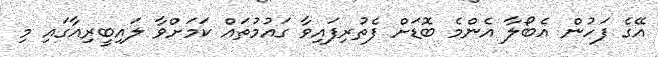
އޭގެ ފަހުން އެބޯލާ އެންމެ ބޮޑަށް ފެތުރިފައިވާ ގައުމުތައް ކަމަށްވާ ލައިބީރިއާގައި މި